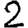
Digit: 2